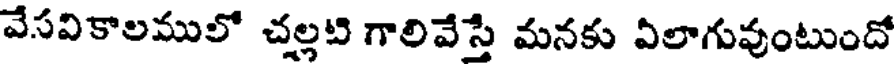
వేసవికాలములో చల్లటి గాలివేస్తే మనకు విలాగువుంటుందో